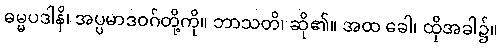
ဓမ္မပဒါနိ၊ အပ္ပမာဒဝဂ်တို့ကို။ ဘာသတိ၊ ဆို၏။ အထ ခေါ၊ ထိုအခါ၌။